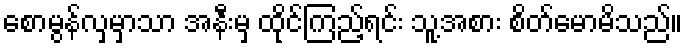
စောမွန်လှမှာသာ အနီးမှ ထိုင်ကြည့်ရင်း သူ့အစား စိတ်မောမိသည်။